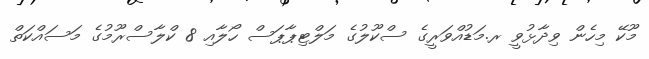
މޫކޭ މިހެން ވިދާޅުވީ ރ.މަޑުއްވަރީގެ ސްކޫލުގެ މަލްޓިޕާޕަސް ހޯލާއި 8 ކްލާސްރޫމުގެ މަސައްކަތް